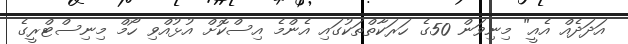
އަދަދެއް އެއީ" މިނިވަން 50ގެ ހަރަކާތްތަކުގައި އެންމެ އިސްކޮށް އުޅުއްވި ހޯމް މިނިސްޓްރީގެ